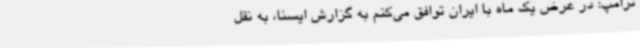
ترامپ: در عرض یک ماه با ایران توافق می‌کنم به گزارش ایسنا، به نقل